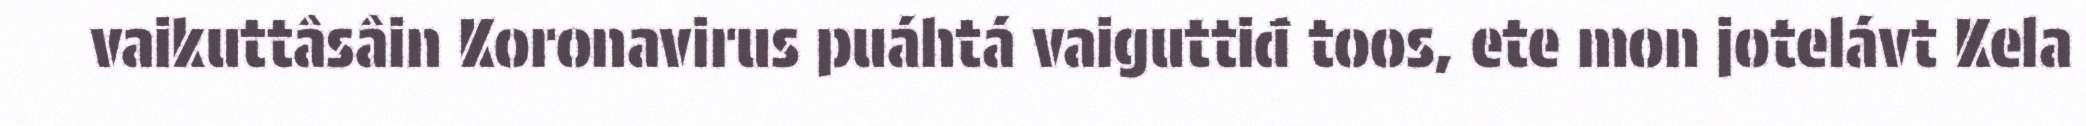
vaikuttâsâin Koronavirus puáhtá vaiguttiđ toos, ete mon jotelávt Kela